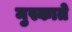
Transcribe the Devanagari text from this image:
मुस्काते